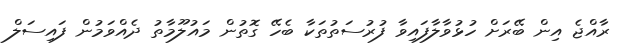
ރާއްޖެ އިން ބޭރަށް ހުޅުވާލާފައިވާ ފުރުސަތުތަކާ ބެހޭ ގޮތުން މައުލޫމާތު ދެއްވަމުން ފައިސަލް